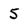
Character: 5